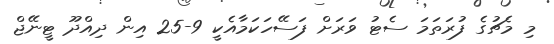
މި މެޗުގެ ފުރަތަމަ ސެޓު ވަރަށް ފަސޭހަކަމާއެކީ 9-25 އިން ދިއްދޫ ޓީނޭޖް